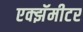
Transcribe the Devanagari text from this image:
एक्झॅमीटर